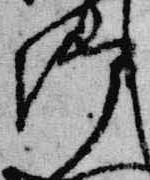
御